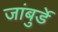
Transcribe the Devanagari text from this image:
जांबुर्डे